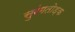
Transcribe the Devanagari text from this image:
सुरंगतोड़क